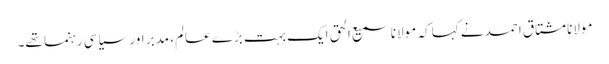
مولانا مشتاق احمد نے کہا کہ مولانا سمیع الحق ایک بہت بڑے عالم، مدبر اور سیاسی رہنما تھے۔